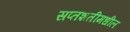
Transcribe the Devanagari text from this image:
सप्तशतीमधील